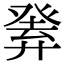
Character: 𤼴